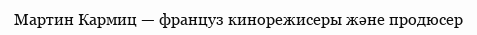
Мартин Кармиц — француз кинорежисеры және продюсер